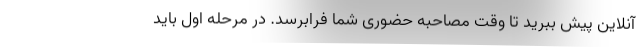
آنلاین پیش ببرید تا وقت مصاحبه حضوری شما فرابرسد. در مرحله اول باید